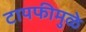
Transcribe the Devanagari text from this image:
टायफीमुळे